Lunatic asylums Madras 1892-1911 - 1892-1911
Year: 1892
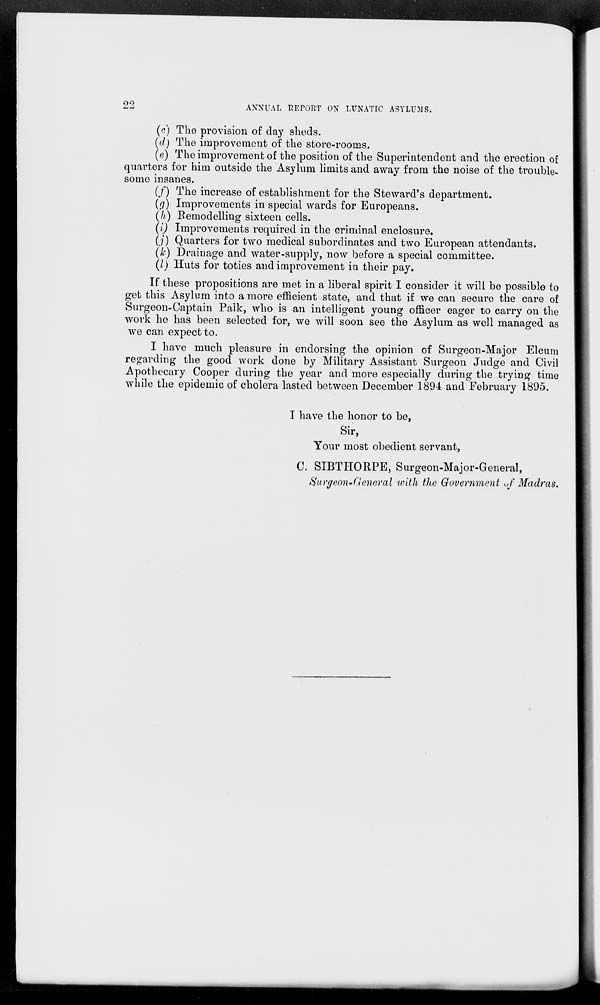
22
ANNUAL REPORT ON LUNATIC ASYLUMS.
(c) The provision of day sheds.
(d) The improvement of the store-rooms.
(e) The improvement of the position of the Superintendent and the erection of
quarters for him outside the Asylum limits and away from the noise of the trouble-
some insanes.
(f) The increase of establishment for the Steward's department.
(g) Improvements in special wards for Europeans.
(h) Remodelling sixteen cells.
(i) Improvements required in the criminal enclosure.
(j) Quarters for two medical subordinates and two European attendants.
(k) Drainage and water-supply, now before a special committee.
(l) Huts for toties and improvement in their pay.
If these propositions are met in a liberal spirit I consider it will be possible to
get this Asylum into a more efficient state, and that if we can secure the care of
Surgeon-Captain Palk, who is an intelligent young officer eager to carry on the
work he has been selected for, we will soon see the Asylum as well managed as
we can expect to.
I have much pleasure in endorsing the opinion of Surgeon-Major Elcum
regarding the good work done by Military Assistant Surgeon Judge and Civil
Apothecary Cooper during the year and more especially during the trying time
while the epidemic of cholera lasted between December 1894 and February 1895.
I have the honor to be,
Sir,
Your most obedient servant,
C. SIBTHORPE, Surgeon-Major-General,
Surgeon-General with the Government of Madras.